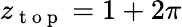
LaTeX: z_{\mathrm{~t~o~p~}}=1+2\pi